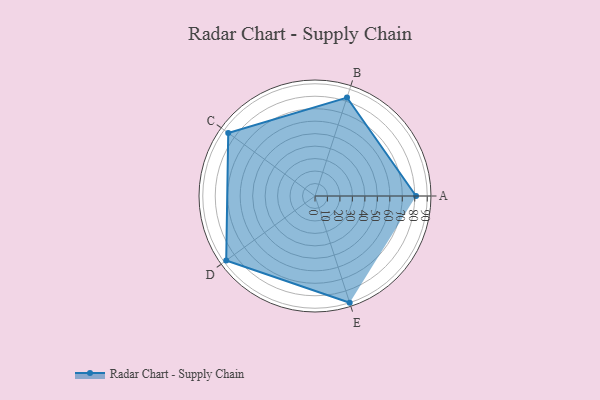
{"axis": {"x": "Skill", "y": "Score"}, "legend": ["Profile"], "data": [{"x": "A", "y": 81.0, "type": "Profile"}, {"x": "B", "y": 83.0, "type": "Profile"}, {"x": "C", "y": 86.0, "type": "Profile"}, {"x": "D", "y": 88.0, "type": "Profile"}, {"x": "E", "y": 90.0, "type": "Profile"}]}